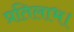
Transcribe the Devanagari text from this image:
प्रतिलाभ।